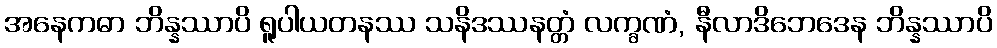
အနေကဓာ ဘိန္နဿာပိ ရူပါယတနဿ သနိဒဿနတ္တံ လက္ခဏံ, နီလာဒိဘေဒေန ဘိန္နဿာပိ